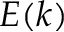
E ( k )